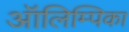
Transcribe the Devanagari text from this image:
ऑलिम्पिका